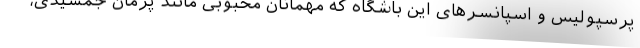
پرسپولیس و اسپانسرهای این باشگاه که مهمانان محبوبی مانند پژمان جمشیدی،